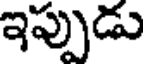
ఇప్పుడు